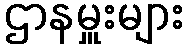
ဌာနမှူးများ